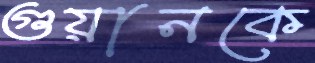
গুয়ানকে